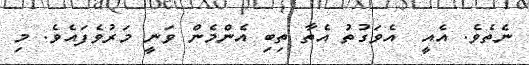
ނެތެވެ. އެއީ  އެވަގުތު އެތާ ތިބި އެންމެން ވަނީ މަރުވެފައެވެ. މި